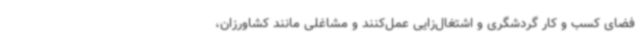
فضای کسب و کار گردشگری و اشتغال‌زایی عمل‌کنند و مشاغلی مانند کشاورزان،